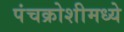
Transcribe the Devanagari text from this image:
पंचक्रोशीमध्ये